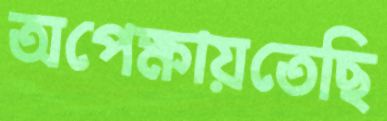
অপেক্ষায়তেছি